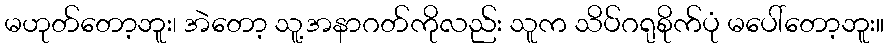
မဟုတ်တော့ဘူး၊ အဲတော့ သူ့အနာဂတ်ကိုလည်း သူက သိပ်ဂရုစိုက်ပုံ မပေါ်တော့ဘူး။